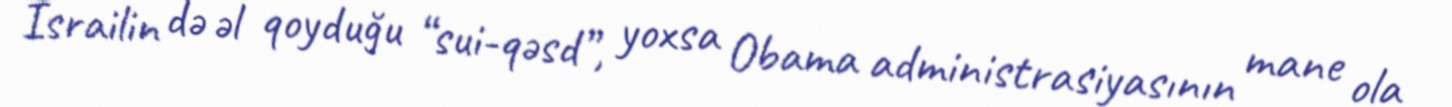
İsrailin də əl qoyduğu “sui-qəsd”, yoxsa Obama administrasiyasının mane ola